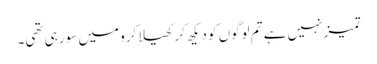
تمیز نہیں ہے تم لوگوں کو دیکھ کر کھیلا کرو میں سو رہی تھی۔